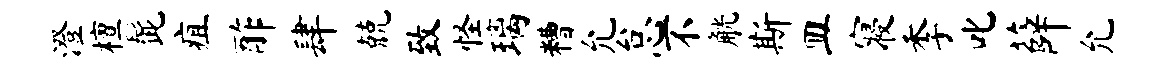
澄檀髭疽酢肆兢致怪璃糟允怠不觥斯皿寝季叱薛允